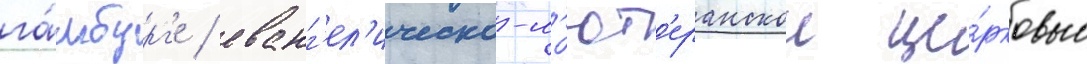
га́мбург'е / еванг'ел'ическо-л'ют'еранскои це́рковью